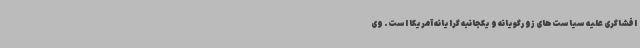
افشاگری علیه سیاست‌های زورگویانه و یکجانبه گرایانه آمریکا است. وی